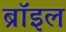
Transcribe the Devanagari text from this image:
ब्रॉइल